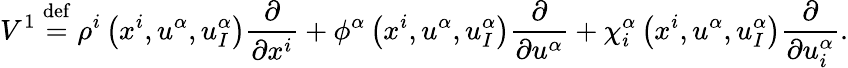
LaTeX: V^{1}\ {\stackrel{\mathrm{def}}{=}}\ \rho^{i}\left(x^{i},u^{\alpha},u_{I}^{\alpha}\right){\frac{\partial}{\partial x^{i}}}+\phi^{\alpha}\left(x^{i},u^{\alpha},u_{I}^{\alpha}\right){\frac{\partial}{\partial u^{\alpha}}}+\chi_{i}^{\alpha}\left(x^{i},u^{\alpha},u_{I}^{\alpha}\right){\frac{\partial}{\partial u_{i}^{\alpha}}}.